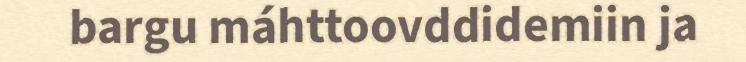
bargu máhttoovddidemiin ja